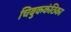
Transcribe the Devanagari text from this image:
चिबुककंठिका